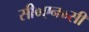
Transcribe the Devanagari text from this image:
सी०एन०सी